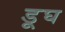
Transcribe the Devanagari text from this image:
डूघ